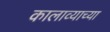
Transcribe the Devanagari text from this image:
कालाव्याच्या